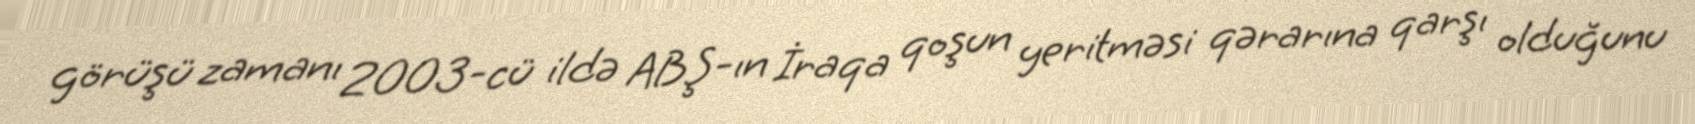
görüşü zamanı 2003-cü ildə ABŞ-ın İraqa qoşun yeritməsi qərarına qarşı olduğunu